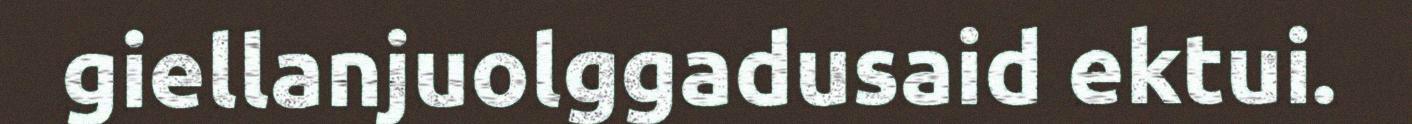
giellanjuolggadusaid ektui.